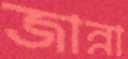
জান্না